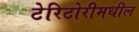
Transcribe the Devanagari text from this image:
टेरिटोरीमधील